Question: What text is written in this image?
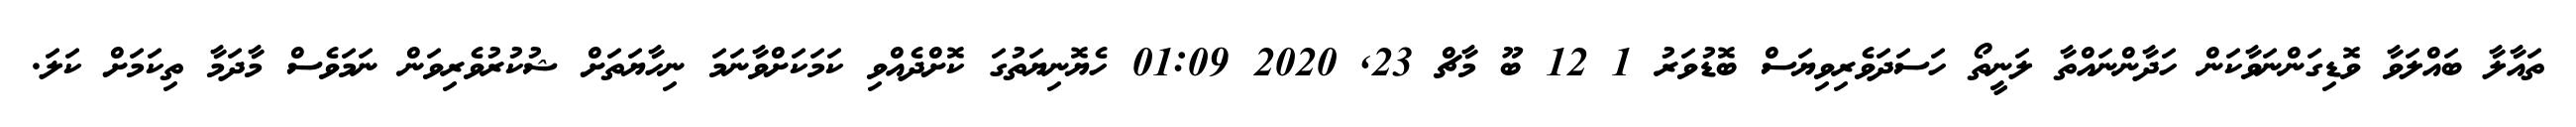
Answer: ތައާލާ ބައްލަވާ ވޮޑިގަންނަވާކަން ހަދާންނައްތާ ލަނީތޯ ހަސަދަވެރިވިޔަސް ބޮޑުވަރު 1 12 ބޫ މާޗް 23, 2020 01:09 ހެޔޮނިޔަތުގަ ކޮށްދެއްވި ކަމަކަށްވާނަމަ ނިހާޔަތަށް ޝުކުރުވެރިވަން ނަމަވެސް މާދަމާ ތިކަމަށް ކަލަ.